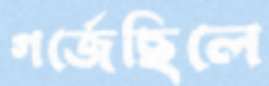
গর্‌জেছিলে